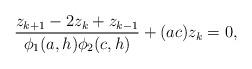
LaTeX: \begin{align*}\frac{z_{k+1}-2z_k+z_{k-1}}{\phi_1(a,h)\phi_2(c,h)} + (ac)z_k=0,\end{align*}